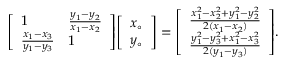
{ \left[ \begin{array} { l l } { 1 } & { { \frac { y _ { 1 } - y _ { 2 } } { x _ { 1 } - x _ { 2 } } } } \\ { { \frac { x _ { 1 } - x _ { 3 } } { y _ { 1 } - y _ { 3 } } } } & { 1 } \end{array} \right] } { \left[ \begin{array} { l } { x _ { \circ } } \\ { y _ { \circ } } \end{array} \right] } = { \left[ \begin{array} { l } { { \frac { x _ { 1 } ^ { 2 } - x _ { 2 } ^ { 2 } + y _ { 1 } ^ { 2 } - y _ { 2 } ^ { 2 } } { 2 ( x _ { 1 } - x _ { 2 } ) } } } \\ { { \frac { y _ { 1 } ^ { 2 } - y _ { 3 } ^ { 2 } + x _ { 1 } ^ { 2 } - x _ { 3 } ^ { 2 } } { 2 ( y _ { 1 } - y _ { 3 } ) } } } \end{array} \right] } .